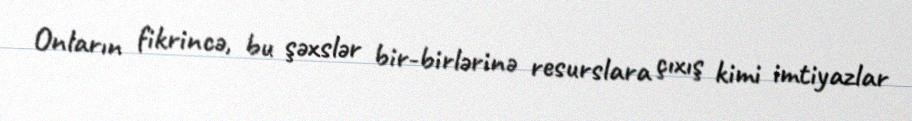
Onların fikrincə, bu şəxslər bir-birlərinə resurslara çıxış kimi imtiyazlar